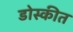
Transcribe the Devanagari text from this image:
डोस्कीत